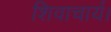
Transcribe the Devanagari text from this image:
शिवाचार्य।